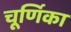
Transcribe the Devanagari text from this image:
चूर्णिका